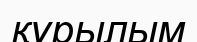
құрылым